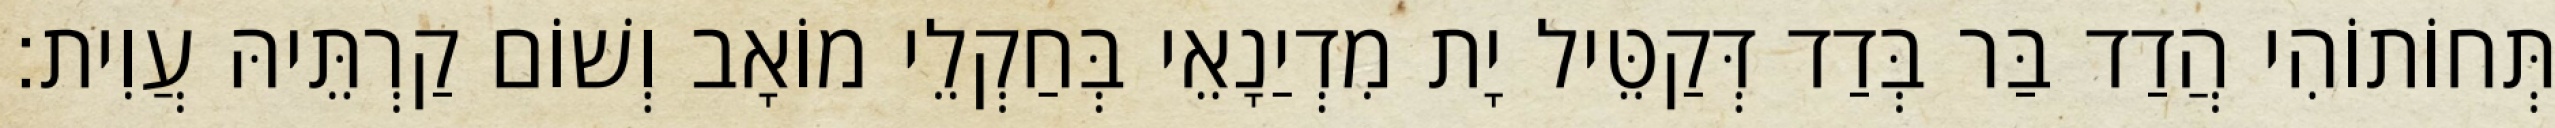
תְּחוֹתוֹהִי הֲדַד בַּר בְּדַד דְּקַטֵּיל יָת מִדְיַנָאֵי בְּחַקְלֵי מוֹאָב וְשׁוֹם קַרְתֵּיהּ עֲוִית׃